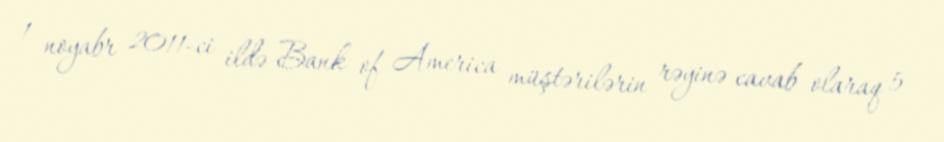
1 noyabr 2011-ci ildə Bank of America müştərilərin rəyinə cavab olaraq 5